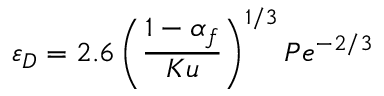
\varepsilon _ { D } = 2 . 6 \left( \frac { 1 - \alpha _ { f } } { K u } \right) ^ { 1 / 3 } P e ^ { - 2 / 3 }